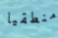
منطقيا